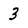
Character: 3